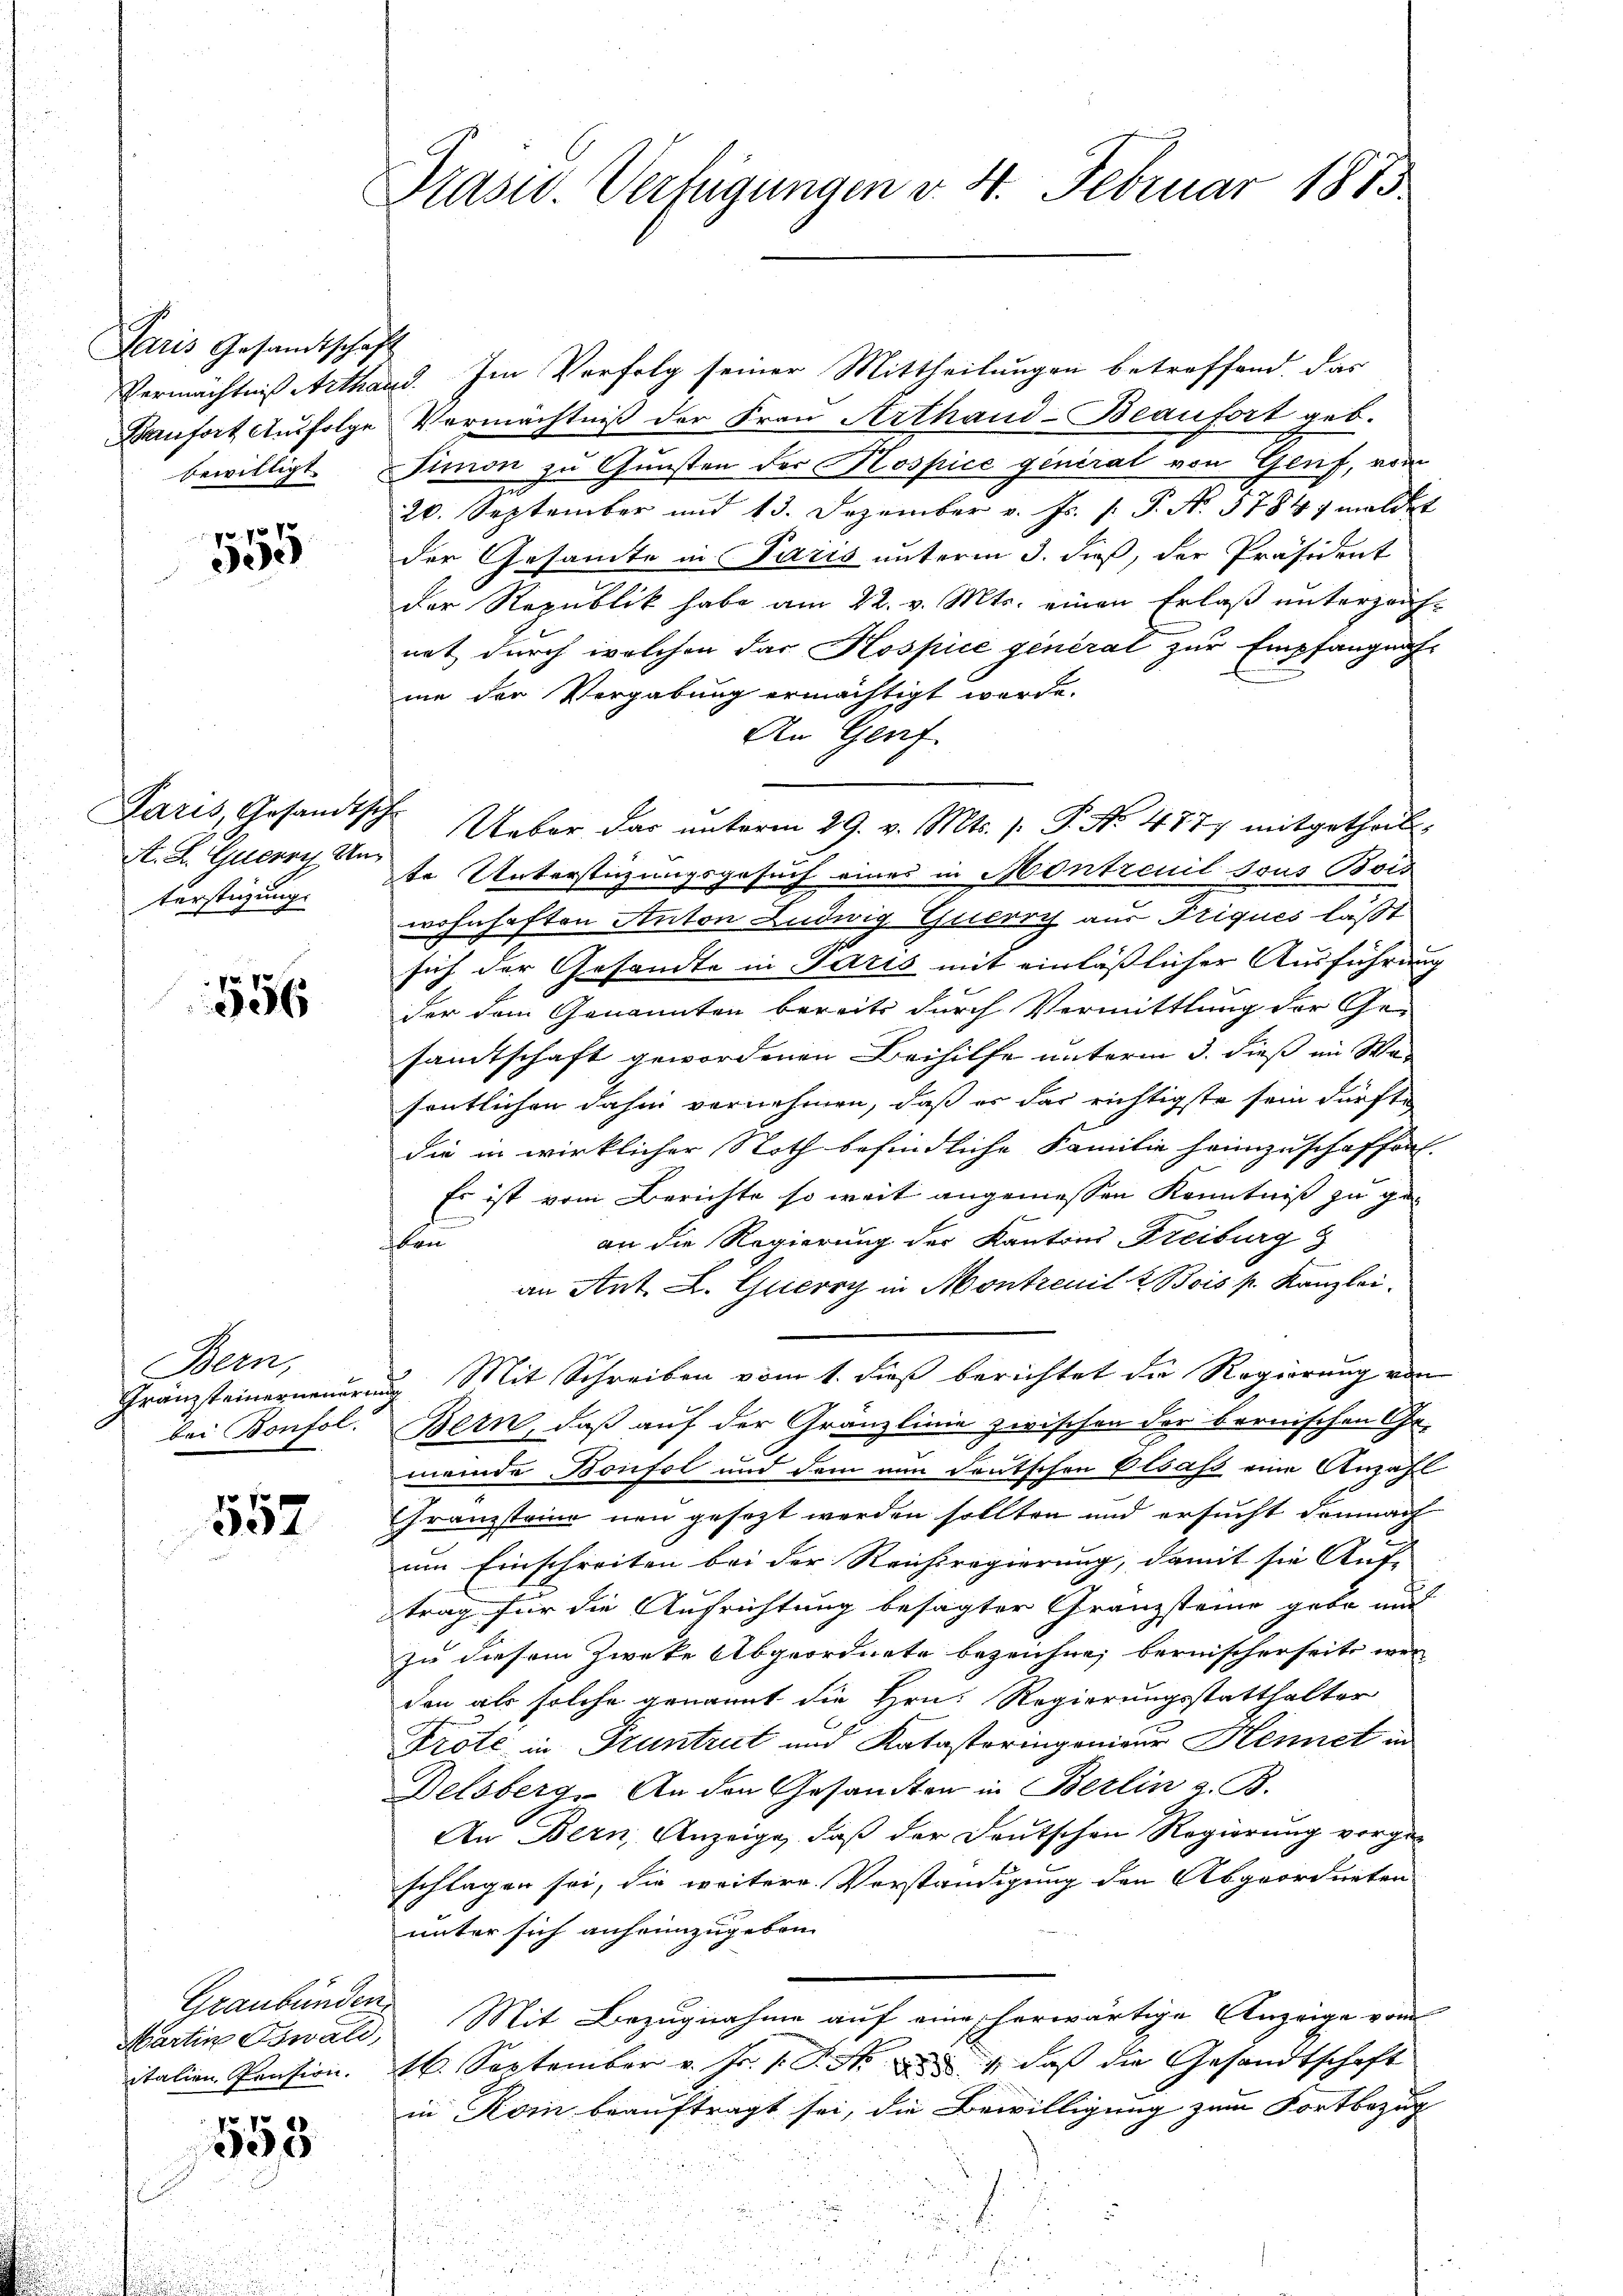
Paris Gesandtschaft

10xx
e

A. L. Guerry, Un
terstützung.

556

Bern,
e

1
307

Graubünden.
italien Pension.

558

Präsid. Verfügungen v. 4. Februar 1875

Vermächtnis Arthand. Im Verfolg seiner Mittheilungen betreffend. Das
Banfort Ausfolge Vermächtniß der Frau Arthand-Beaufort geb.
bewilligt. Simon zu Gunsten der Hospice general von Genf, vom
20. September und 13. Dezember v. Js. f. P. No. 1784 meldet
der Gesamte in Paris unterm 3. dieß, der Präsident
der Republik habe am 22. v. Mts. einen Erlaß unterzeich-
nat, durch welchen das Hospice general zur Empfangnahme der Vergabung ermächtigt werde.
An Genf.
Paris, Gesandtsche Ueber das ŭnterm 29. v. Mts. s. P. No. 4777 mitgetheilt.
te Unterstüzungsgesuch eines in Montrenil sous Bois
wohnhaften Anton Ludwig Guerry aus Triques läßt
sich der Gesandte in Paris mit einläßlicher Ausführung
der dem Genannten bereits durch Vermittlung der Ge-
samtschaft gewordenen Beihilfe unterm 3. dieß im Wasentlichen dahin vernehmen, daß er das richtigste sein dürfte
die in wirklicher Noth befindliche Familie heimzuschaffen.
Es ist vom Berichte so weit angemessen Kenntniß zu gen
an die Regierung der Kantons Freiburg
kan
an Ant. L. Guicory in Montreuil & Bois p. Kanzlei.
Franzsteinerneuerung Mit Schreiben vom 1. dieß berichtet die Regierung von
bei Bonfol. Bern, daß auf der Gränzlinie zwischen der bernischen Ge-
.
meinde Bonfol und dem nun deutschen Elsass eine Anzahl
Granzsteine neu gesezt werden sollten und ersucht demnach
um Einschreiten bei der Reichsregierung, damit sie Auf- |
trag für die Ausrichtung besagter Gränzsteine gebe und
zu diesem Zwecke Abgeordnete bezeichne, bernischerseits wer
den als solche genannt die Hrn. Regierungsstatthalter
Prote in Gruntrut und Katasteringenieur Kennet in
Delsberg. An den Gesandten in Berlin z. B.
An Bern, Anzeige, daß der Deutschen Regierung vorgeschlagen sei, die weitere Vorständigung den Abgeordneten
unter sich anheimzugeben.
Martin Oswald, Mit Bezugnahme auf eine scherwärtige Anzeige vom
16. September v. Fr. 1. P. Nr. 1, daß die Gesandtschaft
in Koi beauftragt sei, die Bewilligung zum Fortbezug